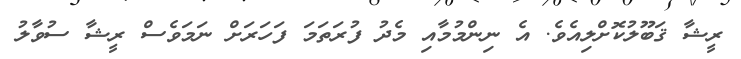
ރީޝާ ޤަބޫލުކޮށްލިއެވެ. އެ ނިންމުމާއި މެދު ފުރަތަމަ ފަހަރަށް ނަމަވެސް ރީޝާ ސުވާލު